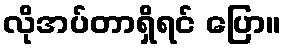
လိုအပ်တာရှိရင် ပြော။